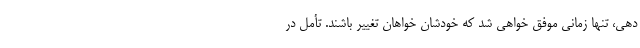
دهی، تنها زمانی موفق خواهی شد که خودشان خواهان تغییر باشند. تأمل در